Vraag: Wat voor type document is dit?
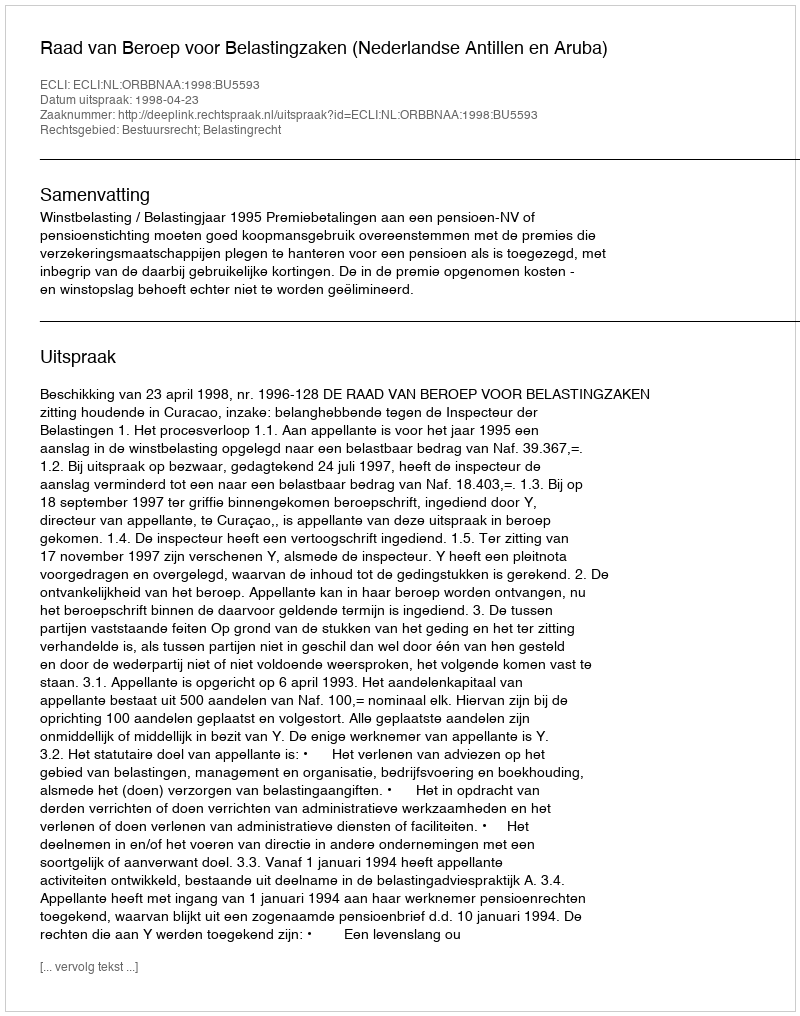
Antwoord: Uitspraak